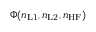
\Phi ( n _ { \mathrm { L 1 } } , n _ { \mathrm { L 2 } } , n _ { \mathrm { H F } } )